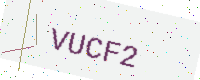
Text: VUCF2